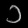
Digit: ၁